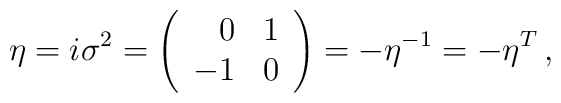
\eta= i\sigma^{2} =\left(\begin{array}{rc}0  & 1 \\-1 & 0 \\\end{array}\right)=-\eta^{-1}=-\eta^{T}\, ,